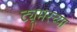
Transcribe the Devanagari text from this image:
ट्यूमरच्या